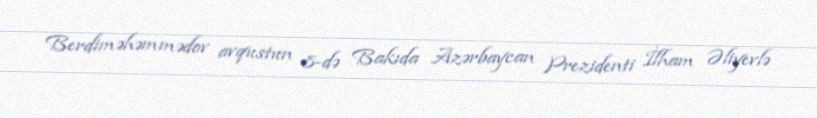
Berdiməhəmmədov avqustun 8-də Bakıda Azərbaycan Prezidenti İlham Əliyevlə